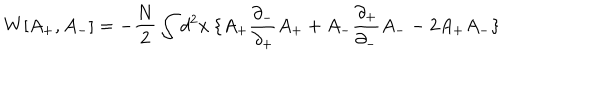
W [ A _ { + } , A _ { - } ] = - { \frac { N } { 2 } } \int d ^ { 2 } x \: \{ A _ { + } { \frac { \partial _ { - } } { \partial _ { + } } } A _ { + } + A _ { - } { \frac { \partial _ { + } } { \partial _ { - } } } A _ { - } - 2 A _ { + } A _ { - } \}